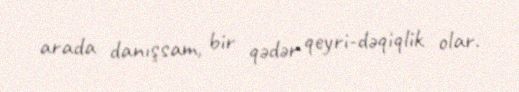
arada danışsam, bir qədər qeyri-dəqiqlik olar.